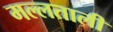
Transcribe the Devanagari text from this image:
मल्लताली